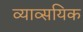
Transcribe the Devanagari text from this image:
व्याव्सयिक